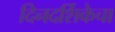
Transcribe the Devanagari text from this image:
दिनदर्शिकेचा